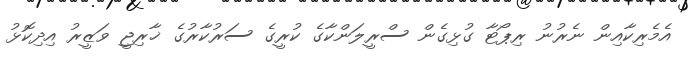
އެމެރިކާއިން ނެރުނު ރިޕޯޓާ ގުޅިގެން ސްރީލަންކާގެ ކުރީގެ ސަރުކާރުގެ ޚާރިޖީ ވަޒީރު އިދިކޮޅު